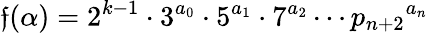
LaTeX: \mathfrak{f}(\alpha)=2^{k-1}\cdot3^{a_{0}}\cdot5^{a_{1}}\cdot7^{a_{2}}\cdots{p_{n+2}}^{a_{n}}